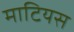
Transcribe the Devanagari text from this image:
माटियस